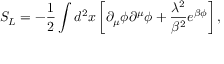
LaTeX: S _ { L } = - { \frac { 1 } { 2 } } \int d ^ { 2 } x \left[ \partial _ { \mu } \phi \partial ^ { \mu } \phi + { \frac { \lambda ^ { 2 } } { \beta ^ { 2 } } } e ^ { \beta \phi } \right] ,